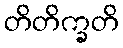
တိတိက္ခတိ